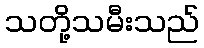
သတို့သမီးသည်